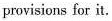
provisions for it.